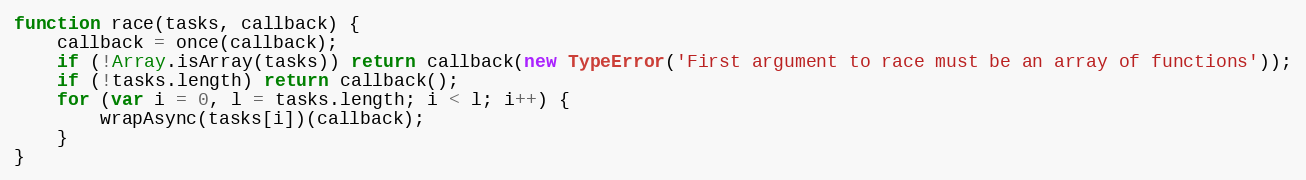
Language: JavaScript
function race(tasks, callback) {
    callback = once(callback);
    if (!Array.isArray(tasks)) return callback(new TypeError('First argument to race must be an array of functions'));
    if (!tasks.length) return callback();
    for (var i = 0, l = tasks.length; i < l; i++) {
        wrapAsync(tasks[i])(callback);
    }
}